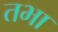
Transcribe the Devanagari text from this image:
तभा